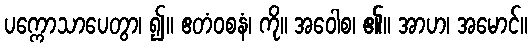
ပက္ကောသာပေတွာ၊ ၍။ ဧတံဝစနံ၊ ကို။ အဝေါစ၊ ၏။ အာဟ၊ အမောင်။